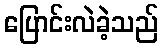
ပြောင်းလဲခဲ့သည်